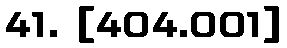
41. [404.001]